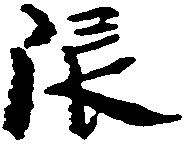
限